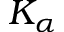
K _ { \alpha }